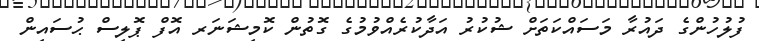
ފުލުހުންގެ ދައުރާ މަސައްކަތަށް ޝުކުރު އަދާކުރެއްވުމުގެ ގޮތުން ކޮމިޝަނަރ އޮފް ޕޮލިސް ޙުސައިން